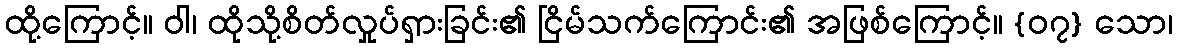
ထို့ကြောင့်။ ဝါ၊ ထိုသို့စိတ်လှုပ်ရှားခြင်း၏ ငြိမ်သက်ကြောင်း၏ အဖြစ်ကြောင့်။ {၀၇} သော၊